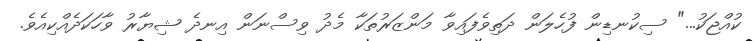
ކުއްޖަކު..." ސިކުނޑިން ފުހެލަން ދަތިވެފައިވާ މަންޒަރުތަކާ މެދު ވިސްނަން އިނދެ ޝިޔާރު ވާހަކަދެއްކިއެވެ.